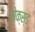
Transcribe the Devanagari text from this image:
सेक्स्ड